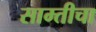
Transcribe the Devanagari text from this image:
साम्तीचा